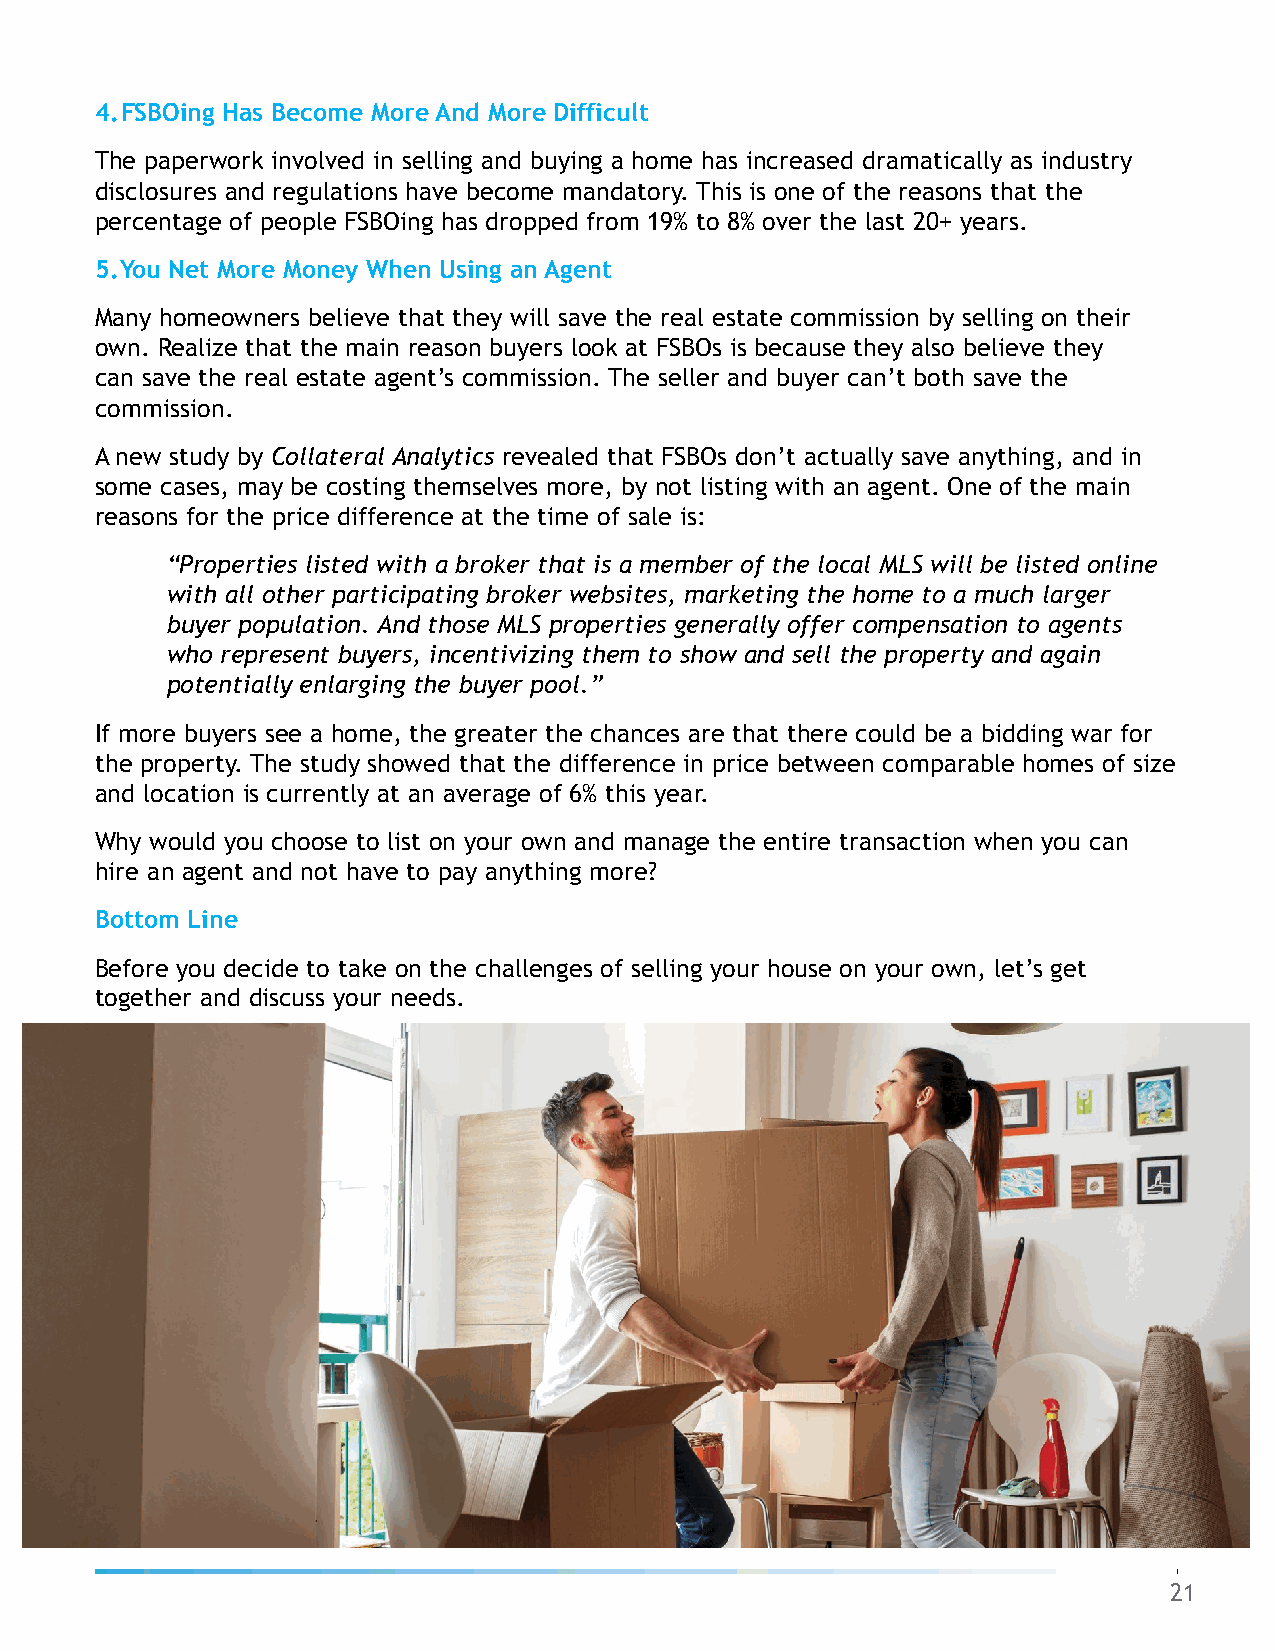
4.FSBOing Has Become More And More Difficult
 The paperwork involved in selling and buying a home has increased dramatically as industry
 disclosures and regulations have become mandatory. This is one of the reasons that the
 percentage of people FSBOing has dropped from 19% to 8% over the last 20+ years.
 5.You Net More Money When Using an Agent
 Many homeowners believe that they will save the real estate commission by selling on their
 own. Realize that the main reason buyers look at FSBOs is because they also believe they
 can save the real estate agent’s commission. The seller and buyer can’t both save the
 commission.
 A new study by Collateral Analytics revealed that FSBOs don’t actually save anything, and in
 some cases, may be costing themselves more, by not listing with an agent. One of the main
 reasons for the price difference at the time of sale is:
 “Properties listed with a broker that is a member of the local MLS will be listed online
 with all other participating broker websites, marketing the home to a much larger
 buyer population. And those MLS properties generally offer compensation to agents
 who represent buyers, incentivizing them to show and sell the property and again
 potentially enlarging the buyer pool.”
 If more buyers see a home, the greater the chances are that there could be a bidding war for
 the property. The study showed that the difference in price between comparable homes of size
 and location is currently at an average of 6% this year.
 Why would you choose to list on your own and manage the entire transaction when you can
 hire an agent and not have to pay anything more?
 Bottom Line
 Before you decide to take on the challenges of selling your house on your own, let’s get
 together and discuss your needs.
 21